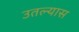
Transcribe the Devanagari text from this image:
उतल्यास